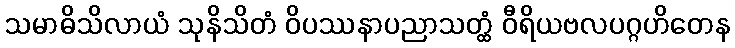
သမာဓိသိလာယံ သုနိသိတံ ဝိပဿနာပညာသတ္ထံ ဝီရိယဗလပဂ္ဂဟိတေန